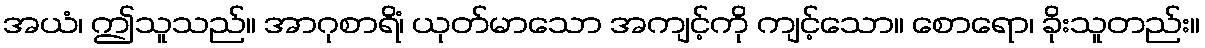
အယံ၊ ဤသူသည်။ အာဂုစာရိံ၊ ယုတ်မာသော အကျင့်ကို ကျင့်သော။ စောရော၊ ခိုးသူတည်း။